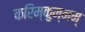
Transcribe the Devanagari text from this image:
करिम्कुन्नम्